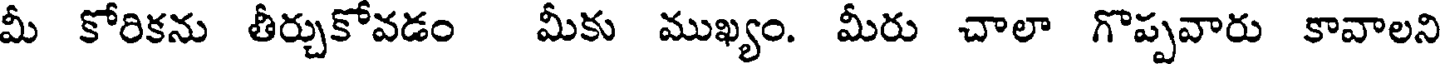
మీ కోరికను తీర్చుకోవడం మీకు ముఖ్యం. మీరు చాలా గొప్పవారు కావాలని